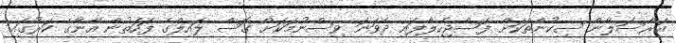
އަރްސަލާން ސިކުންތަކަށް ފަސްޖެހިލާފައި ދެވަނަ ވިސްނުމަކަށް ގޮސް ލައިލްގެ ފަހަތުން އޭނާގެ ކަރުގައި